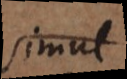
simul